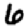
Digit: 6